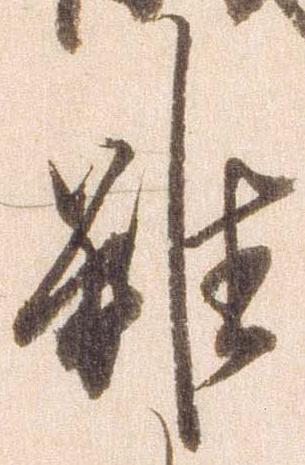
難